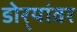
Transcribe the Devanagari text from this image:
डोर्‍यांवर